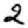
Digit: 2